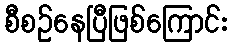
စီစဉ်နေပြီဖြစ်ကြောင်း